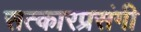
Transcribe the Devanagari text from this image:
सत्कारप्रसंगी